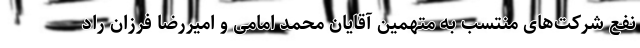
نفع شرکت‌های منتسب به متهمین آقایان محمد امامی و امیررضا فرزان راد